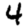
Digit: 4